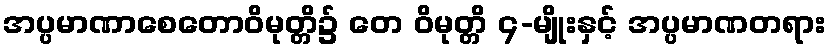
အပ္ပမာဏာစေတောဝိမုတ္တိ၌ တေ ဝိမုတ္တိ ၄-မျိုးနှင့် အပ္ပမာဏတရား